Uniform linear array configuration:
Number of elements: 8
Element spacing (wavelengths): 1
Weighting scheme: hann
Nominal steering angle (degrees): -60
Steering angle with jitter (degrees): -59.468
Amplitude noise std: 0.05
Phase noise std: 0.05

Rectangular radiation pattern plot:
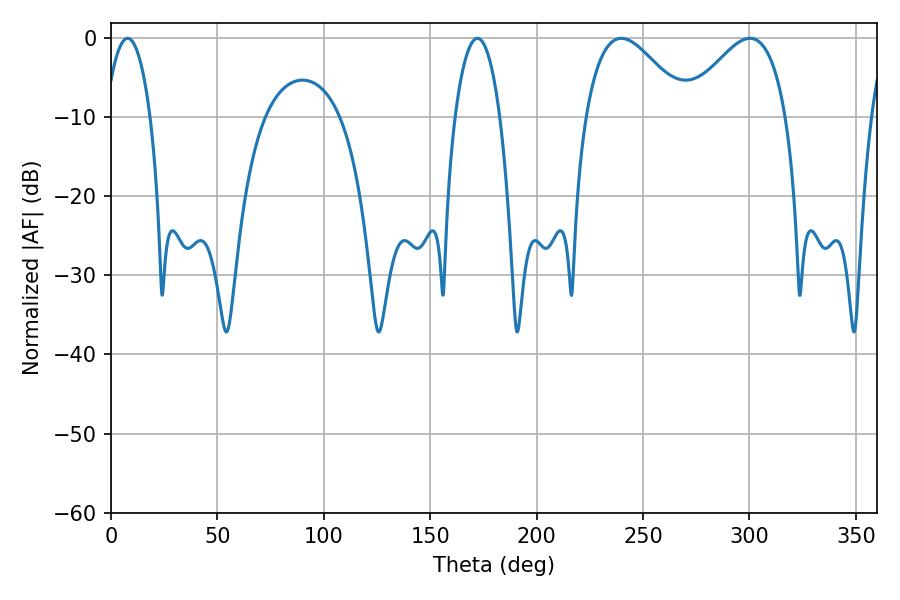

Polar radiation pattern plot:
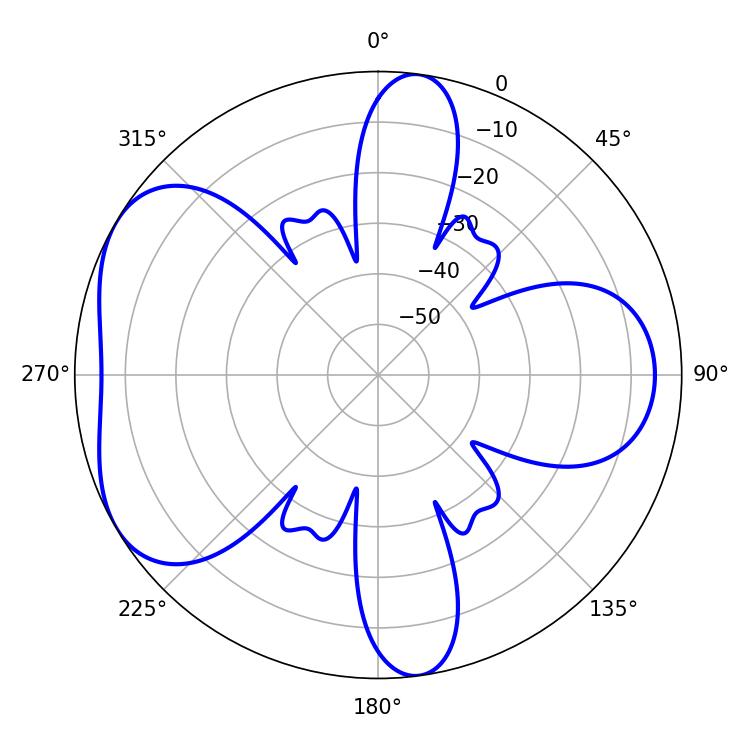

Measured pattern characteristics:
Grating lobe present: TRUE
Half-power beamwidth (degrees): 25.74
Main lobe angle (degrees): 239.76